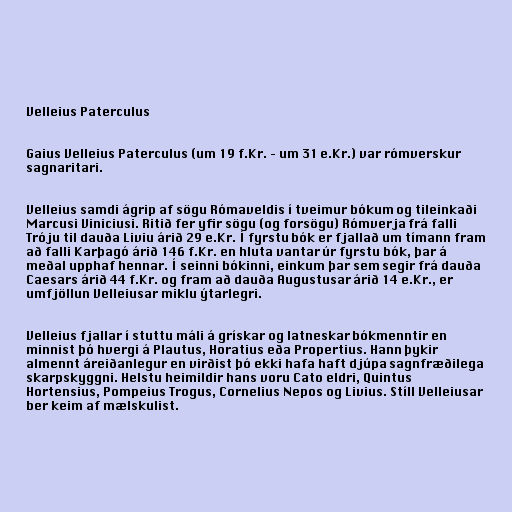
Velleius Paterculus

Gaius Velleius Paterculus (um 19 f.Kr. – um 31 e.Kr.) var rómverskur
sagnaritari.

Velleius samdi ágrip af sögu Rómaveldis í tveimur bókum og tileinkaði
Marcusi Viniciusi. Ritið fer yfir sögu (og forsögu) Rómverja frá falli
Tróju til dauða Liviu árið 29 e.Kr. Í fyrstu bók er fjallað um tímann fram
að falli Karþagó árið 146 f.Kr. en hluta vantar úr fyrstu bók, þar á
meðal upphaf hennar. Í seinni bókinni, einkum þar sem segir frá dauða
Caesars árið 44 f.Kr. og fram að dauða Augustusar árið 14 e.Kr., er
umfjöllun Velleiusar miklu ýtarlegri.

Velleius fjallar í stuttu máli á grískar og latneskar bókmenntir en
minnist þó hvergi á Plautus, Horatius eða Propertius. Hann þykir
almennt áreiðanlegur en virðist þó ekki hafa haft djúpa sagnfræðilega
skarpskyggni. Helstu heimildir hans voru Cato eldri, Quintus
Hortensius, Pompeius Trogus, Cornelius Nepos og Livius. Stíll Velleiusar
ber keim af mælskulist.